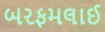
બરફમલાઈ